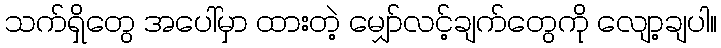
သက်ရှိတွေ အပေါ်မှာ ထားတဲ့ မျှော်လင့်ချက်တွေကို လျော့ချပါ။